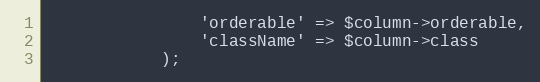
Language: PHP
                'orderable' => $column->orderable,
                'className' => $column->class
            );